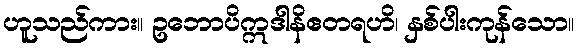
ဟူသည်ကား။ ဥဘောပိဣဒါနိဧတရဟိ၊ နှစ်ပါးကုန်သော။